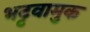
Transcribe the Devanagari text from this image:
भट्टवामुक